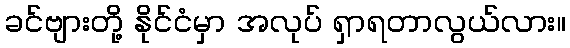
ခင်ဗျားတို့ နိုင်ငံမှာ အလုပ် ရှာရတာလွယ်လား။